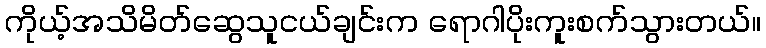
ကိုယ့်အသိမိတ်ဆွေသူငယ်ချင်းက ရောဂါပိုးကူးစက်သွားတယ်။